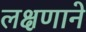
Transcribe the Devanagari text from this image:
लक्षणाने